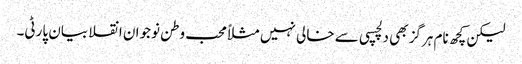
لیکن کچھ نام ہرگز بھی دلچسپی سے خالی نہیں مثلاًمحب وطن نوجوان انقلابیان پارٹی۔